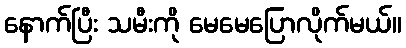
နောက်ပြီး သမီးကို မေမေပြောလိုက်မယ်။